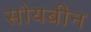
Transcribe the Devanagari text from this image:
सोयबीन